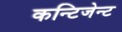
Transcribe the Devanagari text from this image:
कन्टिजेन्ट